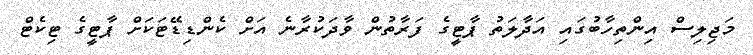
މަޖިލިސް އިންތިހާބުގައި އަދާލަތު ޕާޓީގެ ފަރާތުން ވާދަކުރާނެ އަށް ކެންޑިޑޭޓަކަށް ޕާޓީގެ ޓިކެޓް